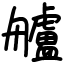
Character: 艫